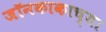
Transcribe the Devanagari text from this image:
जॉनकाकाच्या